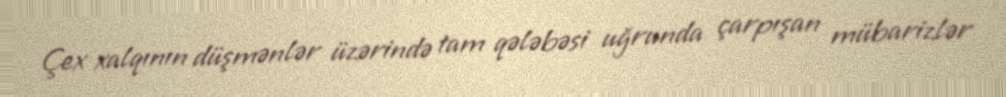
Çex xalqının düşmənlər üzərində tam qələbəsi uğrunda çarpışan mübarizlər